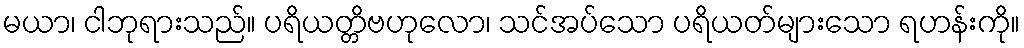
မယာ၊ ငါဘုရားသည်။ ပရိယတ္တိဗဟုလော၊ သင်အပ်သော ပရိယတ်များသော ရဟန်းကို။